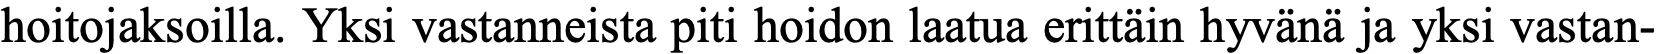
hoitojaksoilla. Yksi vastanneista piti hoidon laatua erittäin hyvänä ja yksi vastan-